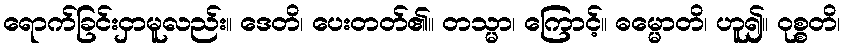
ရောက်ခြင်းငှာမူလည်း။ ဒေတိ၊ ပေးတတ်၏။ တသ္မာ၊ ကြောင့်။ ဓမ္မောတိ၊ ဟူ၍။ ဝုစ္စတိ၊